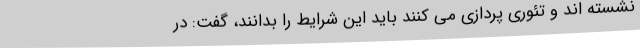
نشسته اند ‌و تئوری پردازی می کنند باید این شرایط را بدانند، گفت: در